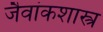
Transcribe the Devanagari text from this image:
जैवांकशास्त्र